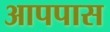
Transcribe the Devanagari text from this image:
आपपास